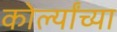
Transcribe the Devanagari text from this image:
कोर्ल्यांच्या